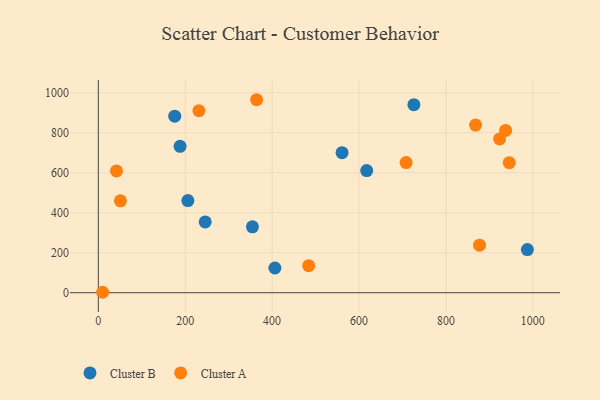
{"axis": {"x": "Ad Spend", "y": "Fuel Efficiency"}, "legend": ["Cluster A", "Cluster B"], "data": [{"x": "206.1", "y": 460.9, "type": "Cluster B"}, {"x": "188.2", "y": 732.1, "type": "Cluster B"}, {"x": "987.5", "y": 215.7, "type": "Cluster B"}, {"x": "726.3", "y": 940.3, "type": "Cluster B"}, {"x": "354.7", "y": 329.3, "type": "Cluster B"}, {"x": "246.0", "y": 353.9, "type": "Cluster B"}, {"x": "406.4", "y": 123.5, "type": "Cluster B"}, {"x": "617.7", "y": 610.7, "type": "Cluster B"}, {"x": "175.9", "y": 882.8, "type": "Cluster B"}, {"x": "561.0", "y": 700.4, "type": "Cluster B"}, {"x": "877.3", "y": 237.6, "type": "Cluster A"}, {"x": "50.9", "y": 459.7, "type": "Cluster A"}, {"x": "945.8", "y": 650.4, "type": "Cluster A"}, {"x": "708.4", "y": 650.6, "type": "Cluster A"}, {"x": "923.6", "y": 769.1, "type": "Cluster A"}, {"x": "41.8", "y": 608.9, "type": "Cluster A"}, {"x": "231.5", "y": 910.1, "type": "Cluster A"}, {"x": "868.2", "y": 838.0, "type": "Cluster A"}, {"x": "9.9", "y": 2.2, "type": "Cluster A"}, {"x": "937.4", "y": 811.6, "type": "Cluster A"}, {"x": "484.2", "y": 135.0, "type": "Cluster A"}, {"x": "364.3", "y": 965.0, "type": "Cluster A"}]}